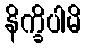
နိက္ခိပါမိ